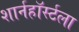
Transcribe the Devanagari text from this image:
शार्नहॉर्स्टला